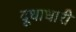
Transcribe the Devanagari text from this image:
दूधाधारी